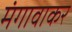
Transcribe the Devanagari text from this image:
मंगावाकर